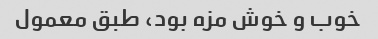
خوب و خوش مزه بود، طبق معمول